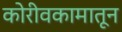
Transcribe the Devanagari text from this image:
कोरीवकामातून